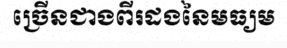
ច្រើនជាងពីរដងនៃមធ្យម